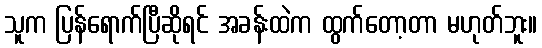
သူက ပြန်ရောက်ပြီဆိုရင် အခန်းထဲက ထွက်တော့တာ မဟုတ်ဘူး။